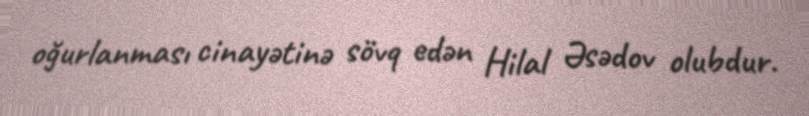
oğurlanması cinayətinə sövq edən Hilal Əsədov olubdur.